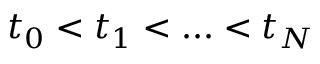
t _ { 0 } < t _ { 1 } < . . . < t _ { N }